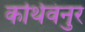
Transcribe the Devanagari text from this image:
कथिवंनुर